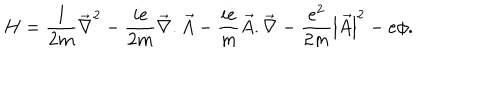
H = \frac { 1 } { 2 m } \overrightarrow { \nabla } ^ { 2 } - \frac { i e } { 2 m } \overrightarrow { \nabla } . \overrightarrow { A } - \frac { i e } { m } \overrightarrow { A } . \overrightarrow { \nabla } - \frac { e ^ { 2 } } { 2 m } \left| \overrightarrow { A } \right| ^ { 2 } - e \phi .